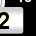
Digit: 2